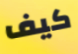
كيف